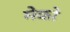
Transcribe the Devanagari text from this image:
मेको